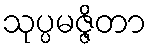
သုပ္ပမဇ္ဇိတာ